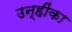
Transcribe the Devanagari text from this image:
उन्हींका